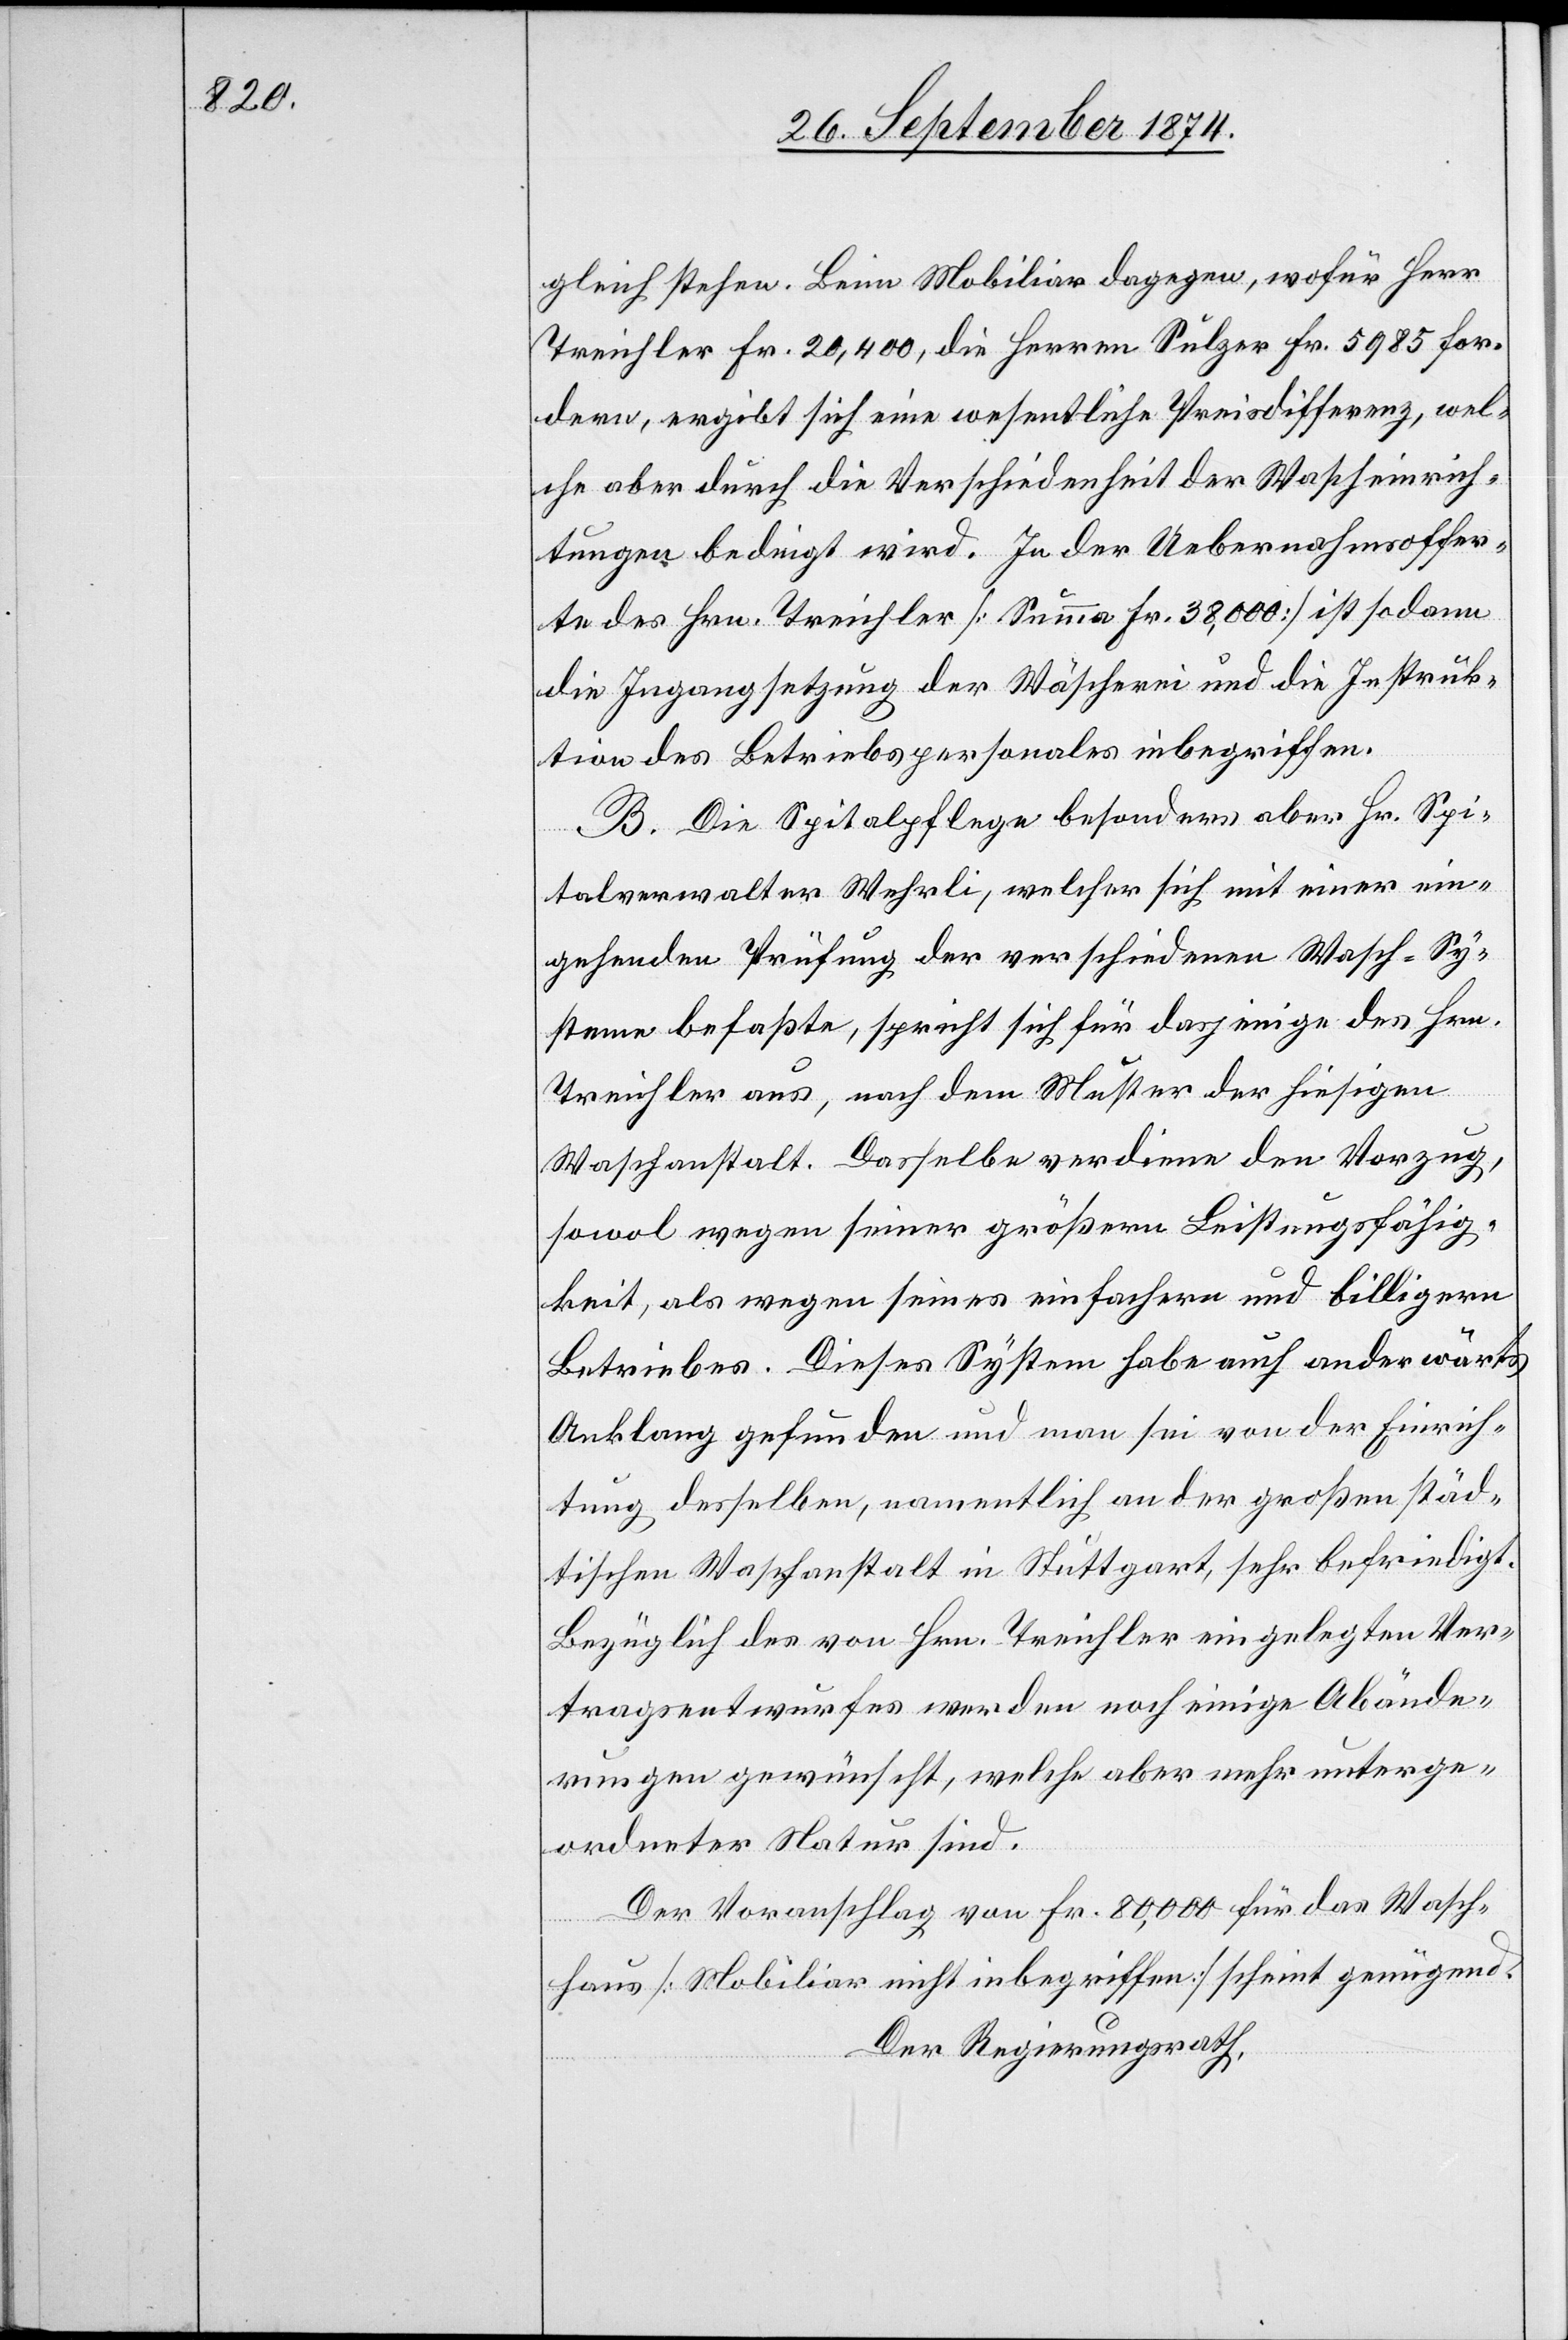
gleich stehen. Beim Mobiliar dagegen, wofür Herr
Treichler Fr. 20,400, die Herren Sulzer Fr. 5985 for¬
dern, ergibt sich eine wesentliche Preisdifferenz, wel¬
che aber durch die Verschiedenheit der Wascheinrich¬
tungen bedingt wird. In der Uebernahmsoffer¬
te des Hrn. Treichler [Summa Fr. 38,000] ist sodann
die Ingangsetzung der Wäscherei und die Instruk¬
tion des Betriebspersonals inbegriffen.
B. Die Spitalpflege besonders aber Hr. Spi¬
talverwalter Wehrli, welcher sich mit einer ein¬
gehenden Prüfung der verschiedenen Wasch-Sy¬
steme befaßte, spricht sich für dasjenige des Hrn.
Treichler aus, nach dem Muster der hiesigen
Waschanstalt. Dasselbe verdiene den Vorzug
sowol wegen seiner größern Leistungsfähig¬
keit, als wegen seines einfachern und billigern
Betriebes. Dieses System habe auch anderwärts
Anklang gefunden und man sei von der Einrich¬
tung desselben, namentlich an der großen städ¬
tischen Waschanstalt in Stuttgart, sehr befriedigt.
Bezüglich des von Hrn. Treichler eingelegten Ver¬
tragsentwurfes werden noch einige Abände¬
rungen gewünscht, welche aber mehr unterge¬
ordneter Natur sind.
Der Voranschlag von Fr. 80,000 für das Wasch¬
haus [Mobiliar nicht inbegriffen] scheint genügend.
Der Regierungsrath,